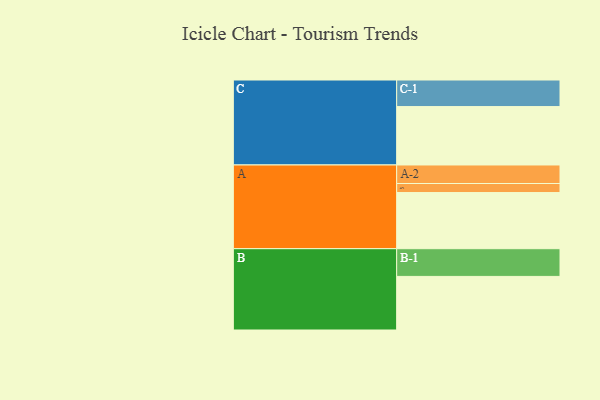
{"axis": {"x": "Segment", "y": "Value"}, "legend": ["", "A", "B", "C"], "data": [{"x": "A", "y": 397, "type": ""}, {"x": "B", "y": 379, "type": ""}, {"x": "C", "y": 413, "type": ""}, {"x": "A-1", "y": 64, "type": "A"}, {"x": "A-2", "y": 131, "type": "A"}, {"x": "B-1", "y": 196, "type": "B"}, {"x": "C-1", "y": 188, "type": "C"}]}